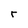
Character: r